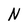
Character: N